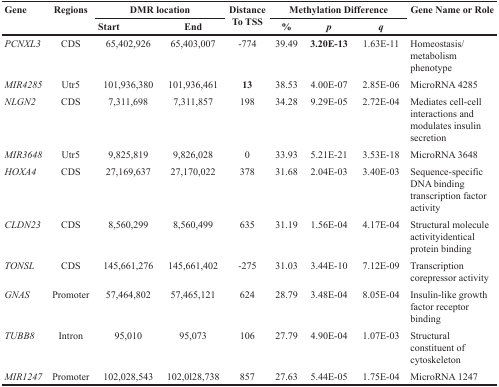
| <ROWSPAN=2> Gene | <ROWSPAN=2> Regions | <COLSPAN=2> DMR location | <ROWSPAN=2> Distance To TSS | <COLSPAN=3> Methylation Difference | <ROWSPAN=2> Gene Name or Role |
 | Start | End | % | p | q |
 | --- | --- | --- | --- | --- | --- | --- | --- | --- |
 | PCNXL3 | CDS | 65,402,926 | 65,403,007 | -774 | 39.49 | 3.20E-13 | 1.63E-11 | Homeostasis/metabolism phenotype |
 | MIR4285 | Utr5 | 101,936,380 | 101,936,461 | 13 | 38.53 | 4.00E-07 | 2.85E-06 | MicroRNA 4285 |
 | NLGN2 | CDS | 7,311,698 | 7,311,857 | 198 | 34.28 | 9.29E-05 | 2.72E-04 | Mediates cell-cell interactions and modulates insulin secretion |
 | MIR3648 | Utr5 | 9,825,819 | 9,826,028 | 0 | 33.93 | 5.21E-21 | 3.53E-18 | MicroRNA 3648 |
 | HOXA4 | CDS | 27,169,637 | 27,170,022 | 378 | 31.68 | 2.04E-03 | 3.40E-03 | Sequence-specific DNA binding transcription factor activity |
 | CLDN23 | CDS | 8,560,299 | 8,560,499 | 635 | 31.19 | 1.56E-04 | 4.17E-04 | Structural molecule activityidentical protein binding |
 | TONSL | CDS | 145,661,276 | 145,661,402 | -275 | 31.03 | 3.44E-10 | 7.12E-09 | Transcription corepressor activity |
 | GNAS | Promoter | 57,464,802 | 57,465,121 | 624 | 28.79 | 3.48E-04 | 8.05E-04 | Insulin-like growth factor receptor binding |
 | TUBB8 | Intron | 95,010 | 95,073 | 106 | 27.79 | 4.90E-04 | 1.07E-03 | Structural constituent of cytoskeleton |
 | MIR1247 | Promoter | 102,028,543 | 102,0l28,738 | 857 | 27.63 | 5.44E-05 | 1.75E-04 | MicroRNA 1247 |